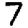
Digit: 7